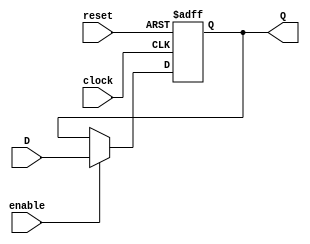
 module registrador(D,clock,reset,enable, Q);
    input[3:0] D; // Data input
    input clock,reset,enable;
    output[3:0] Q; // output Q
    reg[3:0] Q;
    always @(posedge clock or posedge reset)
    begin
            if(reset)
                    Q <= 4'b0000;
            else if (enable)
                    Q <= D;
    end
    endmodule